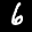
Digit: 6